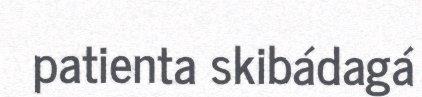
patienta skibádagá